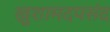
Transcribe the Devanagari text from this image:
खुशामदपसंद